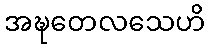
အဍ္ဎတေလသေဟိ